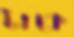
টাকে